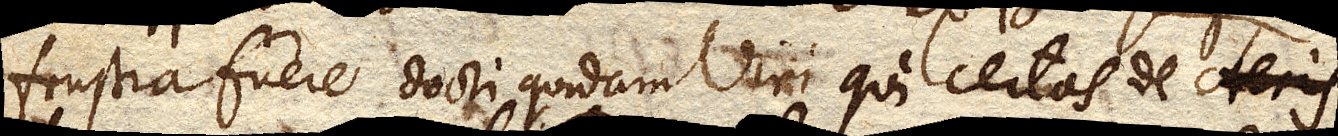
frustra fuere docti quidam Viri qui certas de Aeris